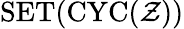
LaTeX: \operatorname{SET}(\operatorname{CYC}({\mathcal{Z}}))